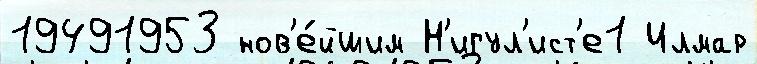
19491953 нов'е́йшим Н'игул'ист'е1 Илмар